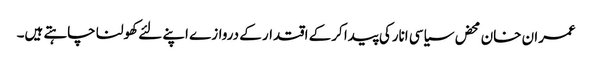
عمران خان محض سیاسی انارکی پیدا کرکے اقتدار کے دروازے اپنے لئے کھولنا چاہتے ہیں۔